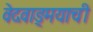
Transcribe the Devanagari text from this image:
वेदवाङ्मयाची